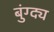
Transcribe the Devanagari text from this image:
बुंग्द्य